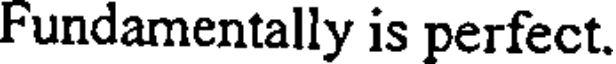
Fundamentally is perfect.